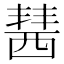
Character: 𧟷